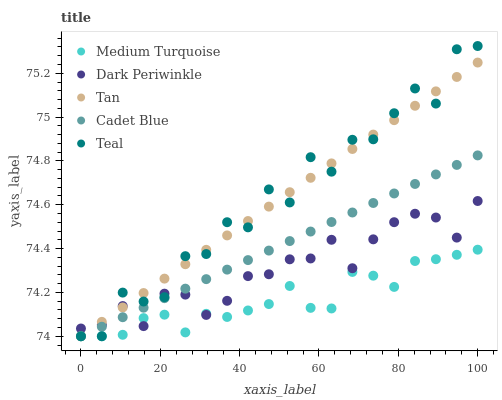
| xaxis_label | Medium Turquoise | Dark Periwinkle | Tan | Cadet Blue | Teal |
 | --- | --- | --- | --- | --- | --- |
 | 0 | 74 | 74 | 74 | 74 | 74 |
 | 5.26 | 74 | 74.1 | 74.1 | 74 | 74 |
 | 10.5 | 74 | 74.1 | 74.1 | 74.1 | 74.2 |
 | 15.8 | 74.1 | 74 | 74.2 | 74.1 | 74.2 |
 | 21.1 | 74.1 | 74.2 | 74.3 | 74.2 | 74.2 |
 | 26.3 | 74 | 74.2 | 74.3 | 74.2 | 74.4 |
 | 31.6 | 74.1 | 74.1 | 74.4 | 74.3 | 74.4 |
 | 36.8 | 74.1 | 74.2 | 74.5 | 74.3 | 74.5 |
 | 42.1 | 74.1 | 74.3 | 74.5 | 74.3 | 74.5 |
 | 47.4 | 74.1 | 74.3 | 74.6 | 74.4 | 74.7 |
 | 52.6 | 74.2 | 74.4 | 74.7 | 74.4 | 74.6 |
 | 57.9 | 74.1 | 74.4 | 74.7 | 74.5 | 74.8 |
 | 63.2 | 74.1 | 74.4 | 74.8 | 74.5 | 74.8 |
 | 68.4 | 74.3 | 74.3 | 74.9 | 74.6 | 74.9 |
 | 73.7 | 74.3 | 74.4 | 74.9 | 74.6 | 74.9 |
 | 78.9 | 74.2 | 74.5 | 75 | 74.7 | 75 |
 | 84.2 | 74.3 | 74.6 | 75.1 | 74.7 | 75.1 |
 | 89.5 | 74.4 | 74.5 | 75.1 | 74.7 | 75.1 |
 | 94.7 | 74.4 | 74.5 | 75.2 | 74.8 | 75.3 |
 | 100 | 74.4 | 74.6 | 75.2 | 74.8 | 75.3 |